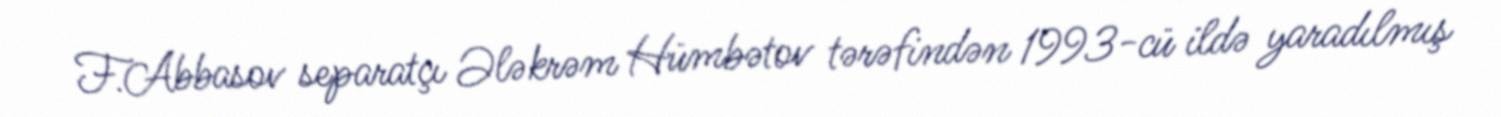
F.Abbasov separatçı Ələkrəm Hümbətov tərəfindən 1993-cü ildə yaradılmış